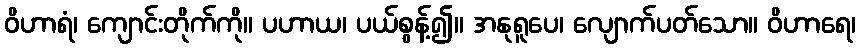
ဝိဟာရံ၊ ကျောင်းတိုက်ကို။ ပဟာယ၊ ပယ်စွန့်၍။ အနုရူပေ၊ လျောက်ပတ်သော။ ဝိဟာရေ၊